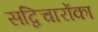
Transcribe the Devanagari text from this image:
सद्विचारोंका